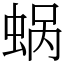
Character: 蜗